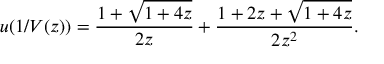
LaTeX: u ( 1 / V ( z ) ) = { \frac { 1 + { \sqrt { 1 + 4 z } } } { 2 z } } + { \frac { 1 + 2 z + { \sqrt { 1 + 4 z } } } { 2 z ^ { 2 } } } .